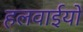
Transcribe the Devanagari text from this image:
हलवाईयों